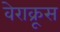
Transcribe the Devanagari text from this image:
वेराक्रूस